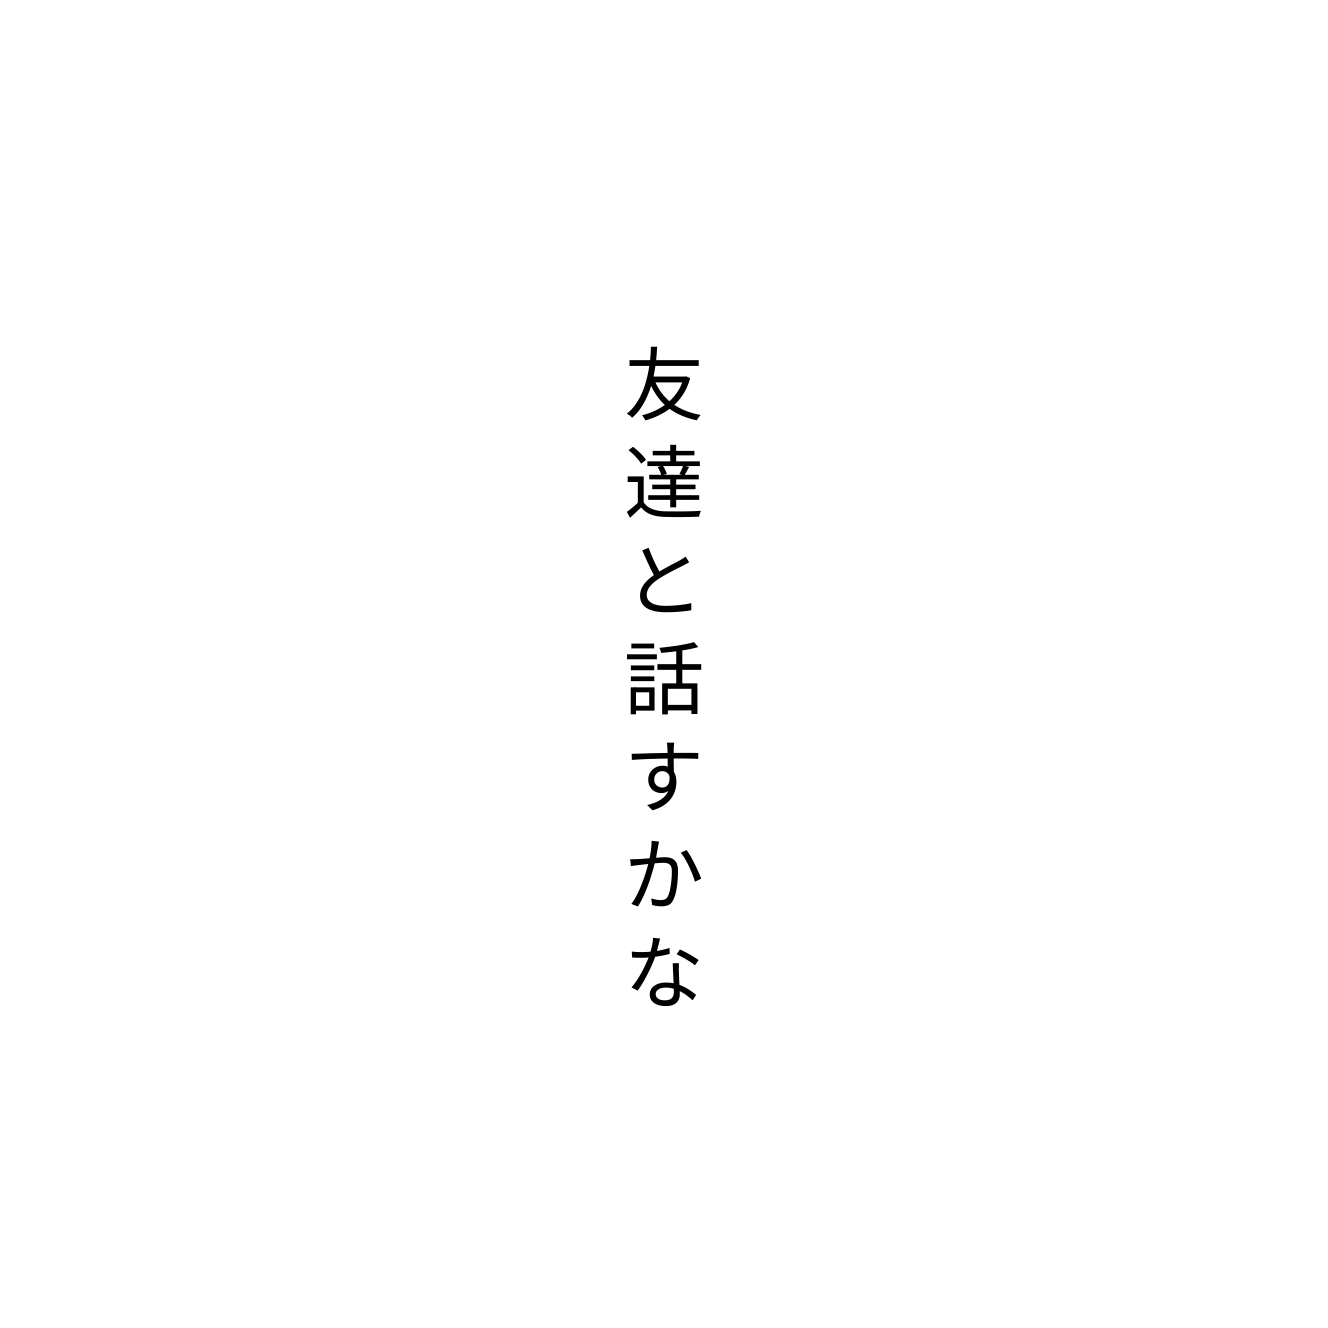
友達と話すかな